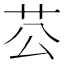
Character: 𦬘